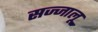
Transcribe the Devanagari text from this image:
सज्जालू